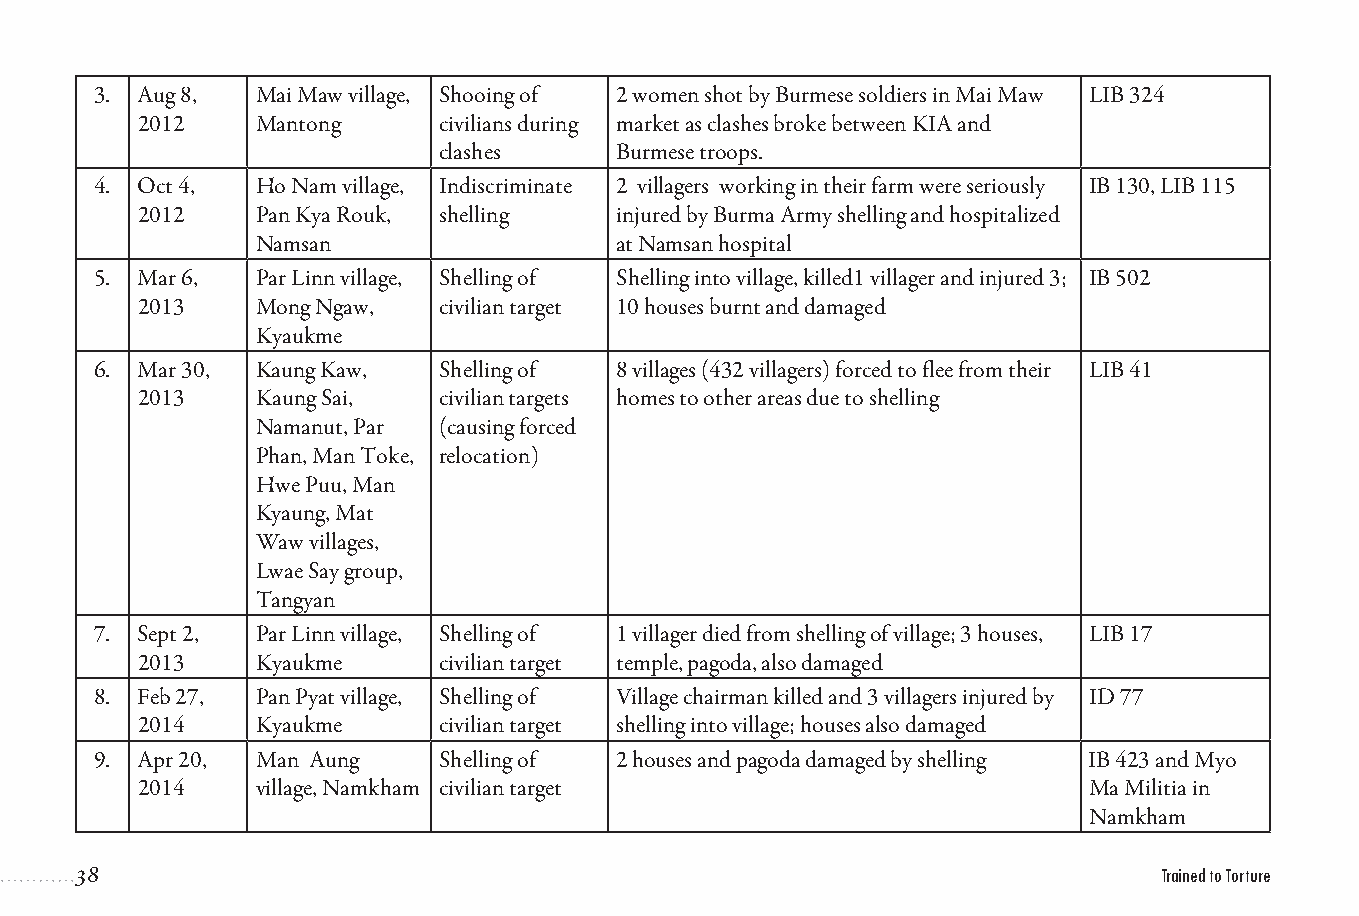
3. Aug 8,  Mai Maw village, Shooing of 2 women shot by Burmese soldiers in Mai Maw LIB 324
 2012    Mantong     civilians during market as clashes broke between KIA and
 clashes     Burmese troops.
 4. Oct 4,  Ho Nam village, Indiscriminate 2 villagers working in their farm were seriously IB 130, LIB 115
 2012    Pan Kya Rouk, shelling  injured by Burma Army shelling and hospitalized
 Namsan                  at Namsan hospital
 5. Mar 6,  Par Linn village, Shelling of Shelling into village, killed1 villager and injured 3; IB 502
 2013    Mong Ngaw,  civilian target 10 houses burnt and damaged
 Kyaukme
 6. Mar 30, Kaung Kaw,  Shelling of 8 villages (432 villagers) forced to flee from their LIB 41
 2013    Kaung Sai,  civilian targets homes to other areas due to shelling
 Namanut, Par (causing forced
 Phan, Man Toke, relocation)
 Hwe Puu, Man
 Kyaung, Mat
 Waw villages,
 Lwae Say group,
 Tangyan
 7. Sept 2, Par Linn village, Shelling of 1 villager died from shelling of village; 3 houses, LIB 17
 2013    Kyaukme     civilian target temple, pagoda, also damaged
 8. Feb 27, Pan Pyat village, Shelling of Village chairman killed and 3 villagers injured by ID 77
 2014    Kyaukme     civilian target shelling into village; houses also damaged
 9. Apr 20, Man Aung    Shelling of 2 houses and pagoda damaged by shelling IB 423 and Myo
 2014    village, Namkham civilian target                       Ma Militia in
 Namkham
 38                                                                      Trained to Torture